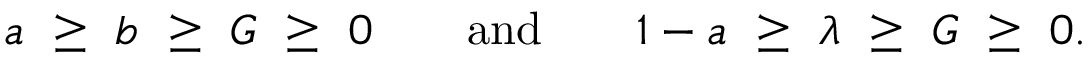
a \ \geq \ b \ \geq \ G \ \geq \ 0 \qquad \mathrm { a n d } \qquad 1 - a \ \geq \ \lambda \ \geq \ G \ \geq \ 0 .